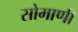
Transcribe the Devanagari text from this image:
सोमाणी